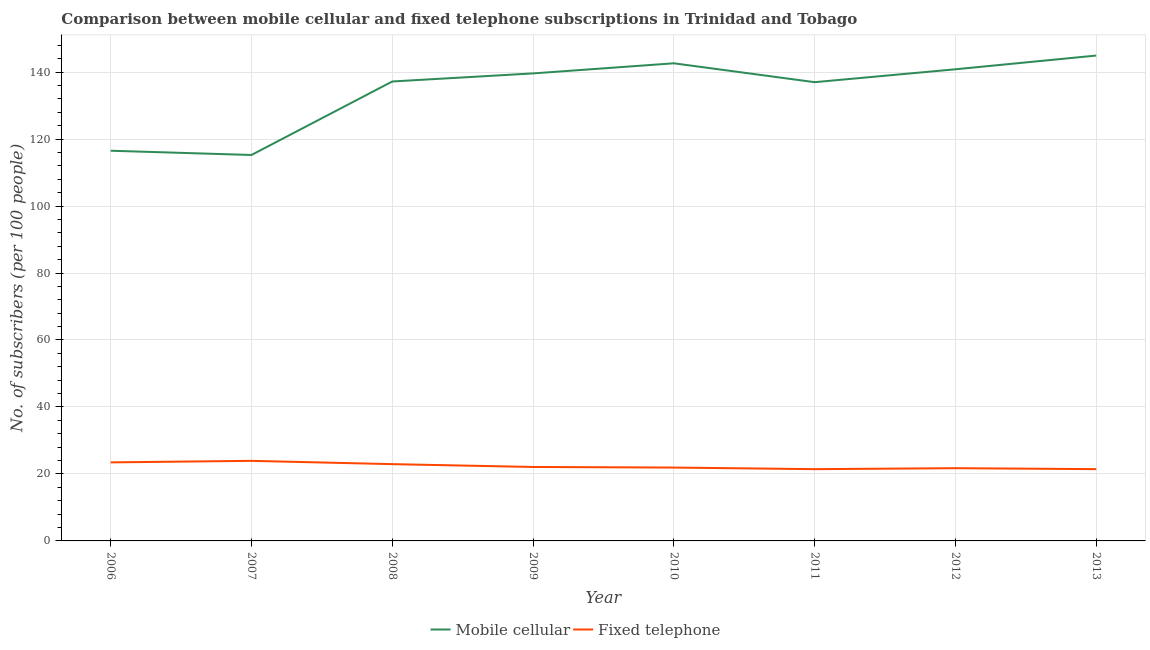
| Year | Mobile cellular | Fixed telephone |
 | --- | --- | --- |
 | 2006 | 117 | 23.5 |
 | 2007 | 115 | 23.9 |
 | 2008 | 137 | 22.9 |
 | 2009 | 140 | 22.1 |
 | 2010 | 143 | 21.9 |
 | 2011 | 137 | 21.4 |
 | 2012 | 141 | 21.7 |
 | 2013 | 145 | 21.4 |